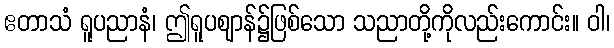
ဧတာသံ ရူပညာနံ၊ ဤရူပဈာန်၌ဖြစ်သော သညာတို့ကိုလည်းကောင်း။ ဝါ၊